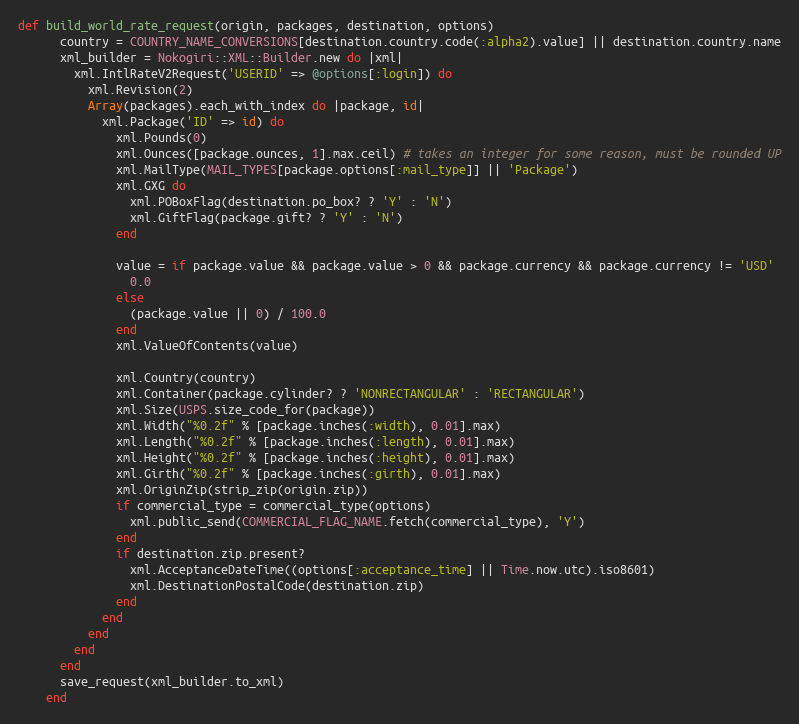
Language: Ruby
def build_world_rate_request(origin, packages, destination, options)
      country = COUNTRY_NAME_CONVERSIONS[destination.country.code(:alpha2).value] || destination.country.name
      xml_builder = Nokogiri::XML::Builder.new do |xml|
        xml.IntlRateV2Request('USERID' => @options[:login]) do
          xml.Revision(2)
          Array(packages).each_with_index do |package, id|
            xml.Package('ID' => id) do
              xml.Pounds(0)
              xml.Ounces([package.ounces, 1].max.ceil) # takes an integer for some reason, must be rounded UP
              xml.MailType(MAIL_TYPES[package.options[:mail_type]] || 'Package')
              xml.GXG do
                xml.POBoxFlag(destination.po_box? ? 'Y' : 'N')
                xml.GiftFlag(package.gift? ? 'Y' : 'N')
              end

              value = if package.value && package.value > 0 && package.currency && package.currency != 'USD'
                0.0
              else
                (package.value || 0) / 100.0
              end
              xml.ValueOfContents(value)

              xml.Country(country)
              xml.Container(package.cylinder? ? 'NONRECTANGULAR' : 'RECTANGULAR')
              xml.Size(USPS.size_code_for(package))
              xml.Width("%0.2f" % [package.inches(:width), 0.01].max)
              xml.Length("%0.2f" % [package.inches(:length), 0.01].max)
              xml.Height("%0.2f" % [package.inches(:height), 0.01].max)
              xml.Girth("%0.2f" % [package.inches(:girth), 0.01].max)
              xml.OriginZip(strip_zip(origin.zip))
              if commercial_type = commercial_type(options)
                xml.public_send(COMMERCIAL_FLAG_NAME.fetch(commercial_type), 'Y')
              end
              if destination.zip.present?
                xml.AcceptanceDateTime((options[:acceptance_time] || Time.now.utc).iso8601)
                xml.DestinationPostalCode(destination.zip)
              end
            end
          end
        end
      end
      save_request(xml_builder.to_xml)
    end